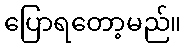
ပြောရတော့မည်။